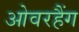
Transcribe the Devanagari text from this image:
ओवरहैंग